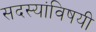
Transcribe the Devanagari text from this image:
सदस्यांविषयी